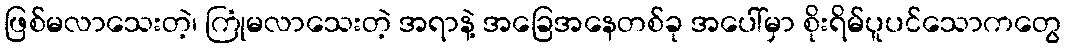
ဖြစ်မလာသေးတဲ့၊ ကြုံမလာသေးတဲ့ အရာနဲ့ အခြေအနေတစ်ခု အပေါ်မှာ စိုးရိမ်ပူပင်သောကတွေ